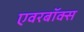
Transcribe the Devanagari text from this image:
एवरबॉक्स